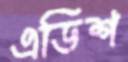
এডিশ